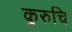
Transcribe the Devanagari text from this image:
कुरुचि